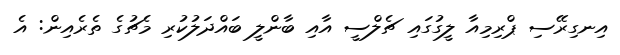
އިނގިރޭސި ޕްރިމިއާ ލީގުގައި ޗެލްސީ އާއި ބާންލީ ބައްދަލުކުރި މެޗުގެ ތެރެއިން: އެ